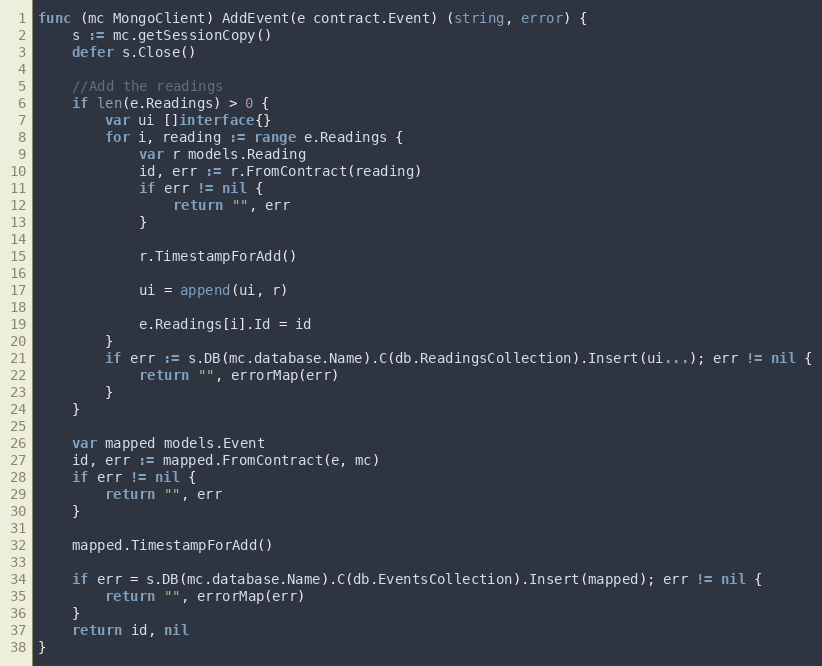
Language: Go
func (mc MongoClient) AddEvent(e contract.Event) (string, error) {
	s := mc.getSessionCopy()
	defer s.Close()

	//Add the readings
	if len(e.Readings) > 0 {
		var ui []interface{}
		for i, reading := range e.Readings {
			var r models.Reading
			id, err := r.FromContract(reading)
			if err != nil {
				return "", err
			}

			r.TimestampForAdd()

			ui = append(ui, r)

			e.Readings[i].Id = id
		}
		if err := s.DB(mc.database.Name).C(db.ReadingsCollection).Insert(ui...); err != nil {
			return "", errorMap(err)
		}
	}

	var mapped models.Event
	id, err := mapped.FromContract(e, mc)
	if err != nil {
		return "", err
	}

	mapped.TimestampForAdd()

	if err = s.DB(mc.database.Name).C(db.EventsCollection).Insert(mapped); err != nil {
		return "", errorMap(err)
	}
	return id, nil
}